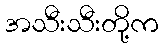
အသီးသီးတို့က